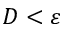
D < \varepsilon